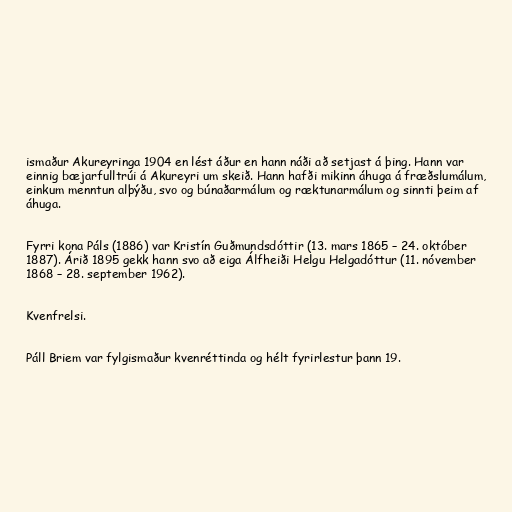
ismaður Akureyringa 1904 en lést áður en hann náði að setjast á þing. Hann var
einnig bæjarfulltrúi á Akureyri um skeið. Hann hafði mikinn áhuga á fræðslumálum,
einkum menntun alþýðu, svo og búnaðarmálum og ræktunarmálum og sinnti þeim af
áhuga.

Fyrri kona Páls (1886) var Kristín Guðmundsdóttir (13. mars 1865 – 24. október
1887). Árið 1895 gekk hann svo að eiga Álfheiði Helgu Helgadóttur (11. nóvember
1868 – 28. september 1962).

Kvenfrelsi.

Páll Briem var fylgismaður kvenréttinda og hélt fyrirlestur þann 19.